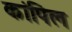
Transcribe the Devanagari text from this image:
कांपिल